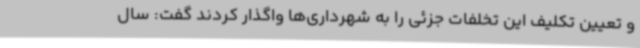
و تعیین تکلیف این تخلفات جزئی را به شهرداری‌ها واگذار کردند گفت: سال